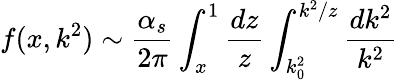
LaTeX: f(x,k^{2})\sim\frac{\alpha_{s}}{2\pi}\int_{x}^{1}\frac{dz}{z}\int_{k_{0}^{2}}^{k^{2}/z}\frac{dk^{2}}{k^{2}}